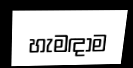
හැමඳාම